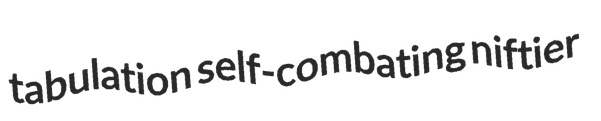
tabulation self-combating niftier